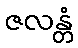
ဇလန္တံ